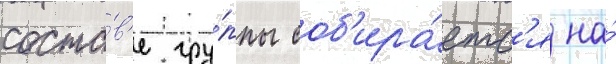
соста́в'е гру́ппы соб'ира́етс'я на́